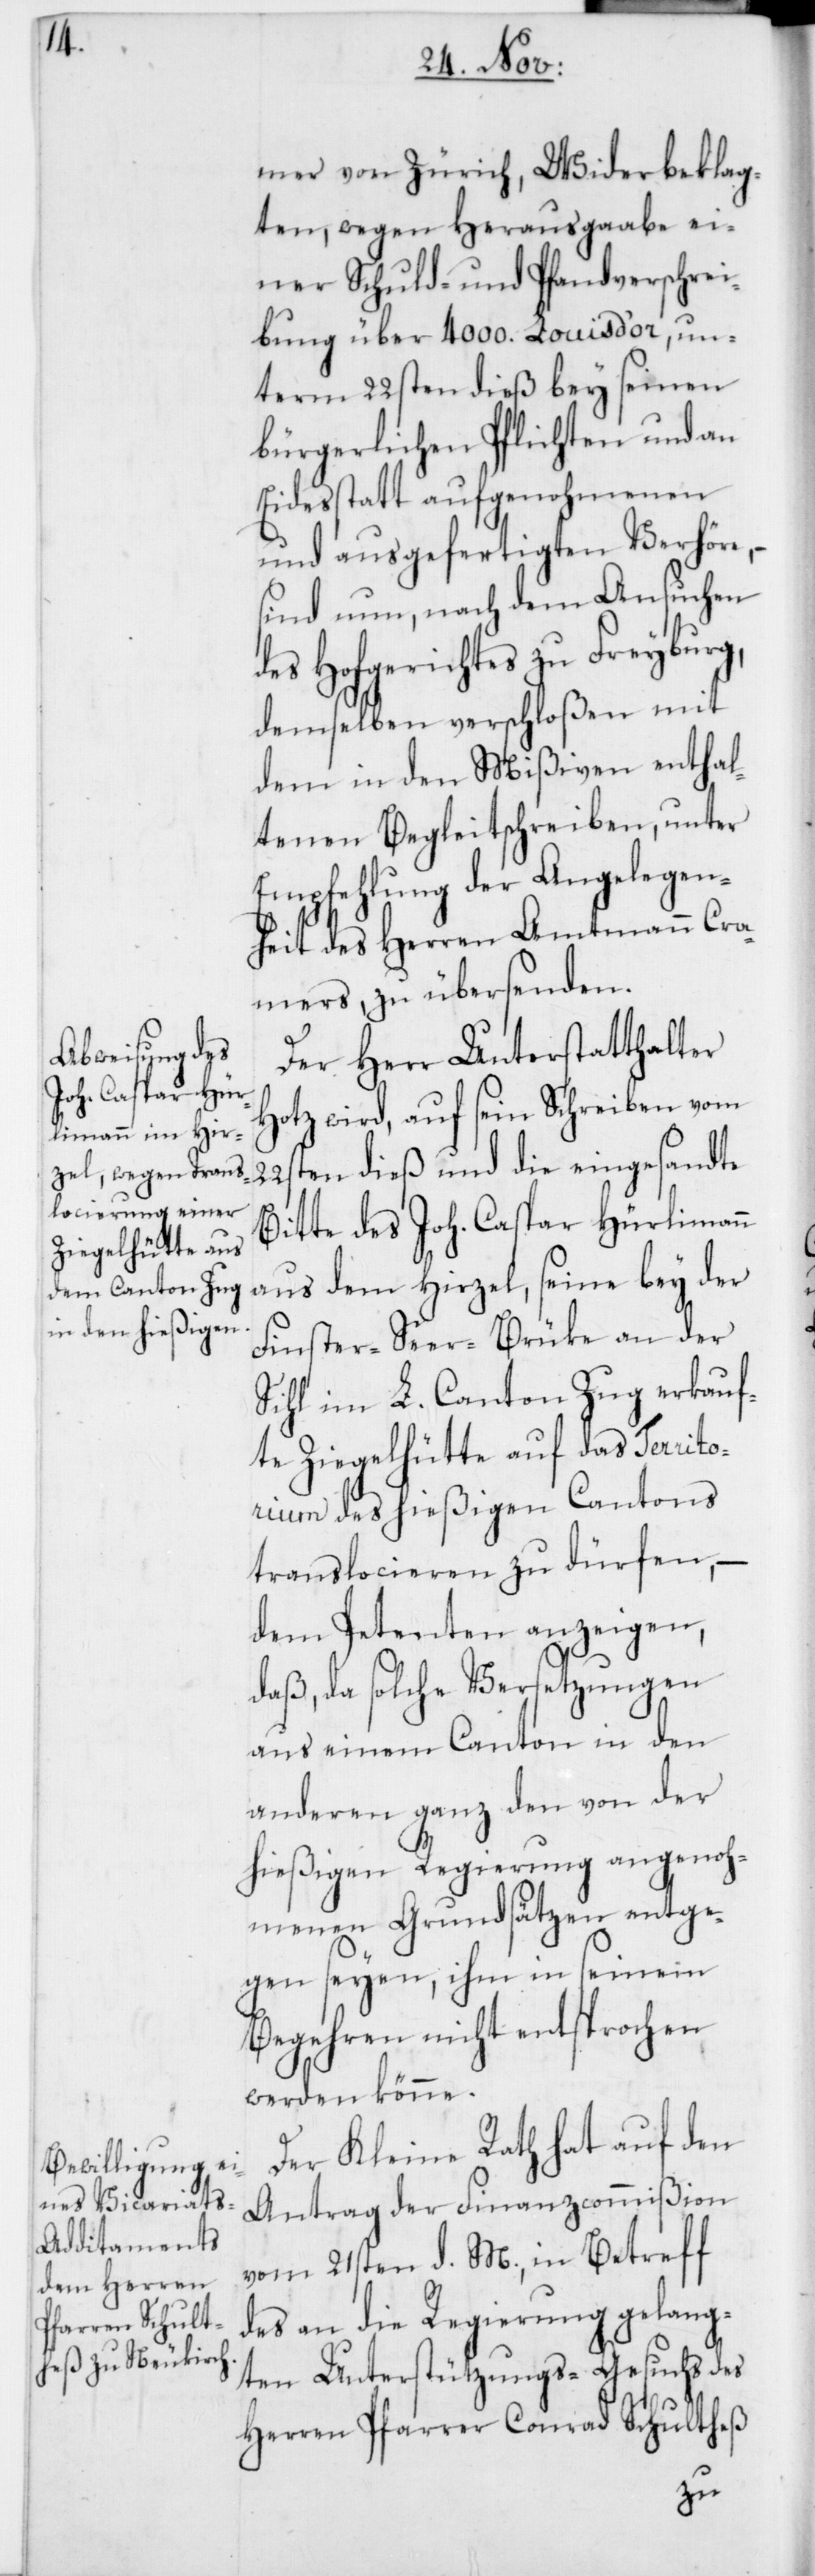
mer von Zürich, Widerbeklag¬
ten, wegen Herausgabe ei¬
ner Schuld- und Pfandverschrei¬
bung über 4000. Louis d’or, un¬
term 22sten dieß bey seinen
bürgerlichen Pflichten und an
Eidesstatt aufgenohmenen
und ausgefertigten Verhör¬
sind nun, nach dem Ansuchen
des Hofgerichtes zu Freyburg,
demselben verschloßen mit
dem in den Mißiven enthal¬
tenen Begleitschreiben, unter
Empfehlung der Angelegen¬
heit des Herren Amtmann Cra¬
mers, zu übersenden.
Der Herr Unterstatthalter
otz wird, auf sein Schreiben vom
H¬
22sten dieß und die eingesandte
Bitte des Joh. Caspar Hürlimann
aus dem Hirzel, seine bey der
Finster-Seer-Brücke an der
Sihl im L. Canton Zug erkauf¬
te Ziegelhütte auf das Territo¬
rium des hießigen Cantons
translocieren zu dürfen,
dem Petenten anzeigen,
daß, da solche Versetzungen
aus einem Canton in den
anderen ganz den von der
hießigen Regierung angenoh¬
menen Grundsätzen entge¬
gen seyen, ihm in seinem
Begehren nicht entsprochen
werden könne.
Der Kleine Rath hat auf den
Antrag der Finanzcommißion
vom 21sten d. M., in Betreff
des an die Regierung gelang¬
ten Unterstützungs-Gesuchs des
Herren Pfarrer Conrad Schultheß